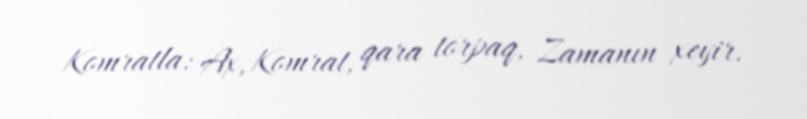
Komratla: Ax, Komrat, qara torpaq, Zamanın xeyir.